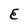
Character: E